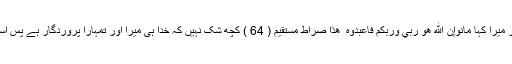
تو خدا سے ڈرو اور میرا کہا مانوإِنَّ اللَّهَ هُوَ رَبِّي وَرَبُّكُمْ فَاعْبُدُوهُ ۚ هَٰذَا صِرَاطٌ مُّسْتَقِيمٌ ( 64 ) کچھ شک نہیں کہ خدا ہی میرا اور تمہارا پروردگار ہے پس اسی کی عبادت کرو۔